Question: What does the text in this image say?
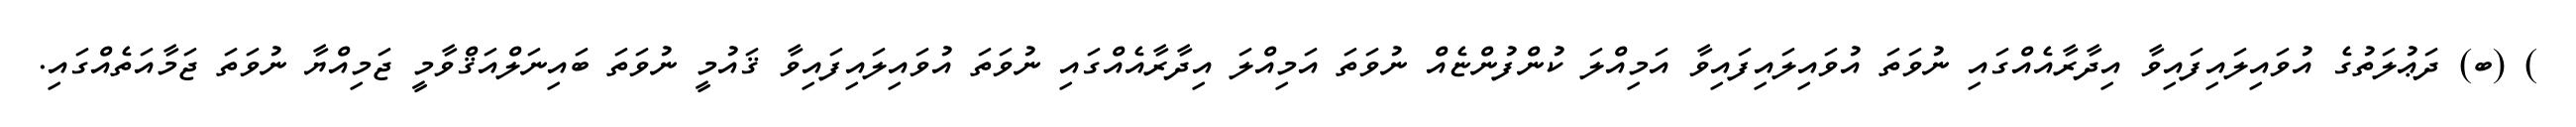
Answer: ) (ބ) ދަޢުލަތުގެ އުވައިލައިފައިވާ އިދާރާއެއްގައި ނުވަތަ އުވައިލައިފައިވާ އަމިއްލަ ކުންފުންޏެއް ނުވަތަ އަމިއްލަ އިދާރާއެއްގައި ނުވަތަ އުވައިލައިފައިވާ ޤައުމީ ނުވަތަ ބައިނަލްއަޤްވާމީ ޖަމިއްޔާ ނުވަތަ ޖަމާއަތެއްގައި.